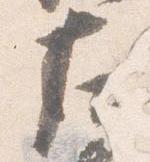
左